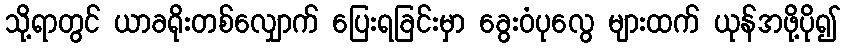
သို့ရာတွင် ယာခရိုးတစ်လျှောက် ပြေးရခြင်းမှာ ခွေးဝံပုလွေ များထက် ယုန်အဖို့ပို၍